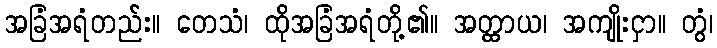
အခြံအရံတည်း။ တေသံ၊ ထိုအခြံအရံတို့၏။ အတ္ထာယ၊ အကျိုးငှာ။ တွံ၊